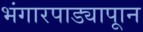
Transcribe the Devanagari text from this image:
भंगारपाड्यापाून